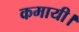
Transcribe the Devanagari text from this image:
कमायी।